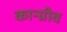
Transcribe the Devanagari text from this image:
कान्ग्रीव